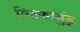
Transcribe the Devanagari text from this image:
विल्कानुंडू